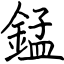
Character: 錳